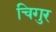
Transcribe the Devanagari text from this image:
चिगुर